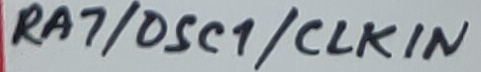
Text: RA7/OSC1/CLKIN